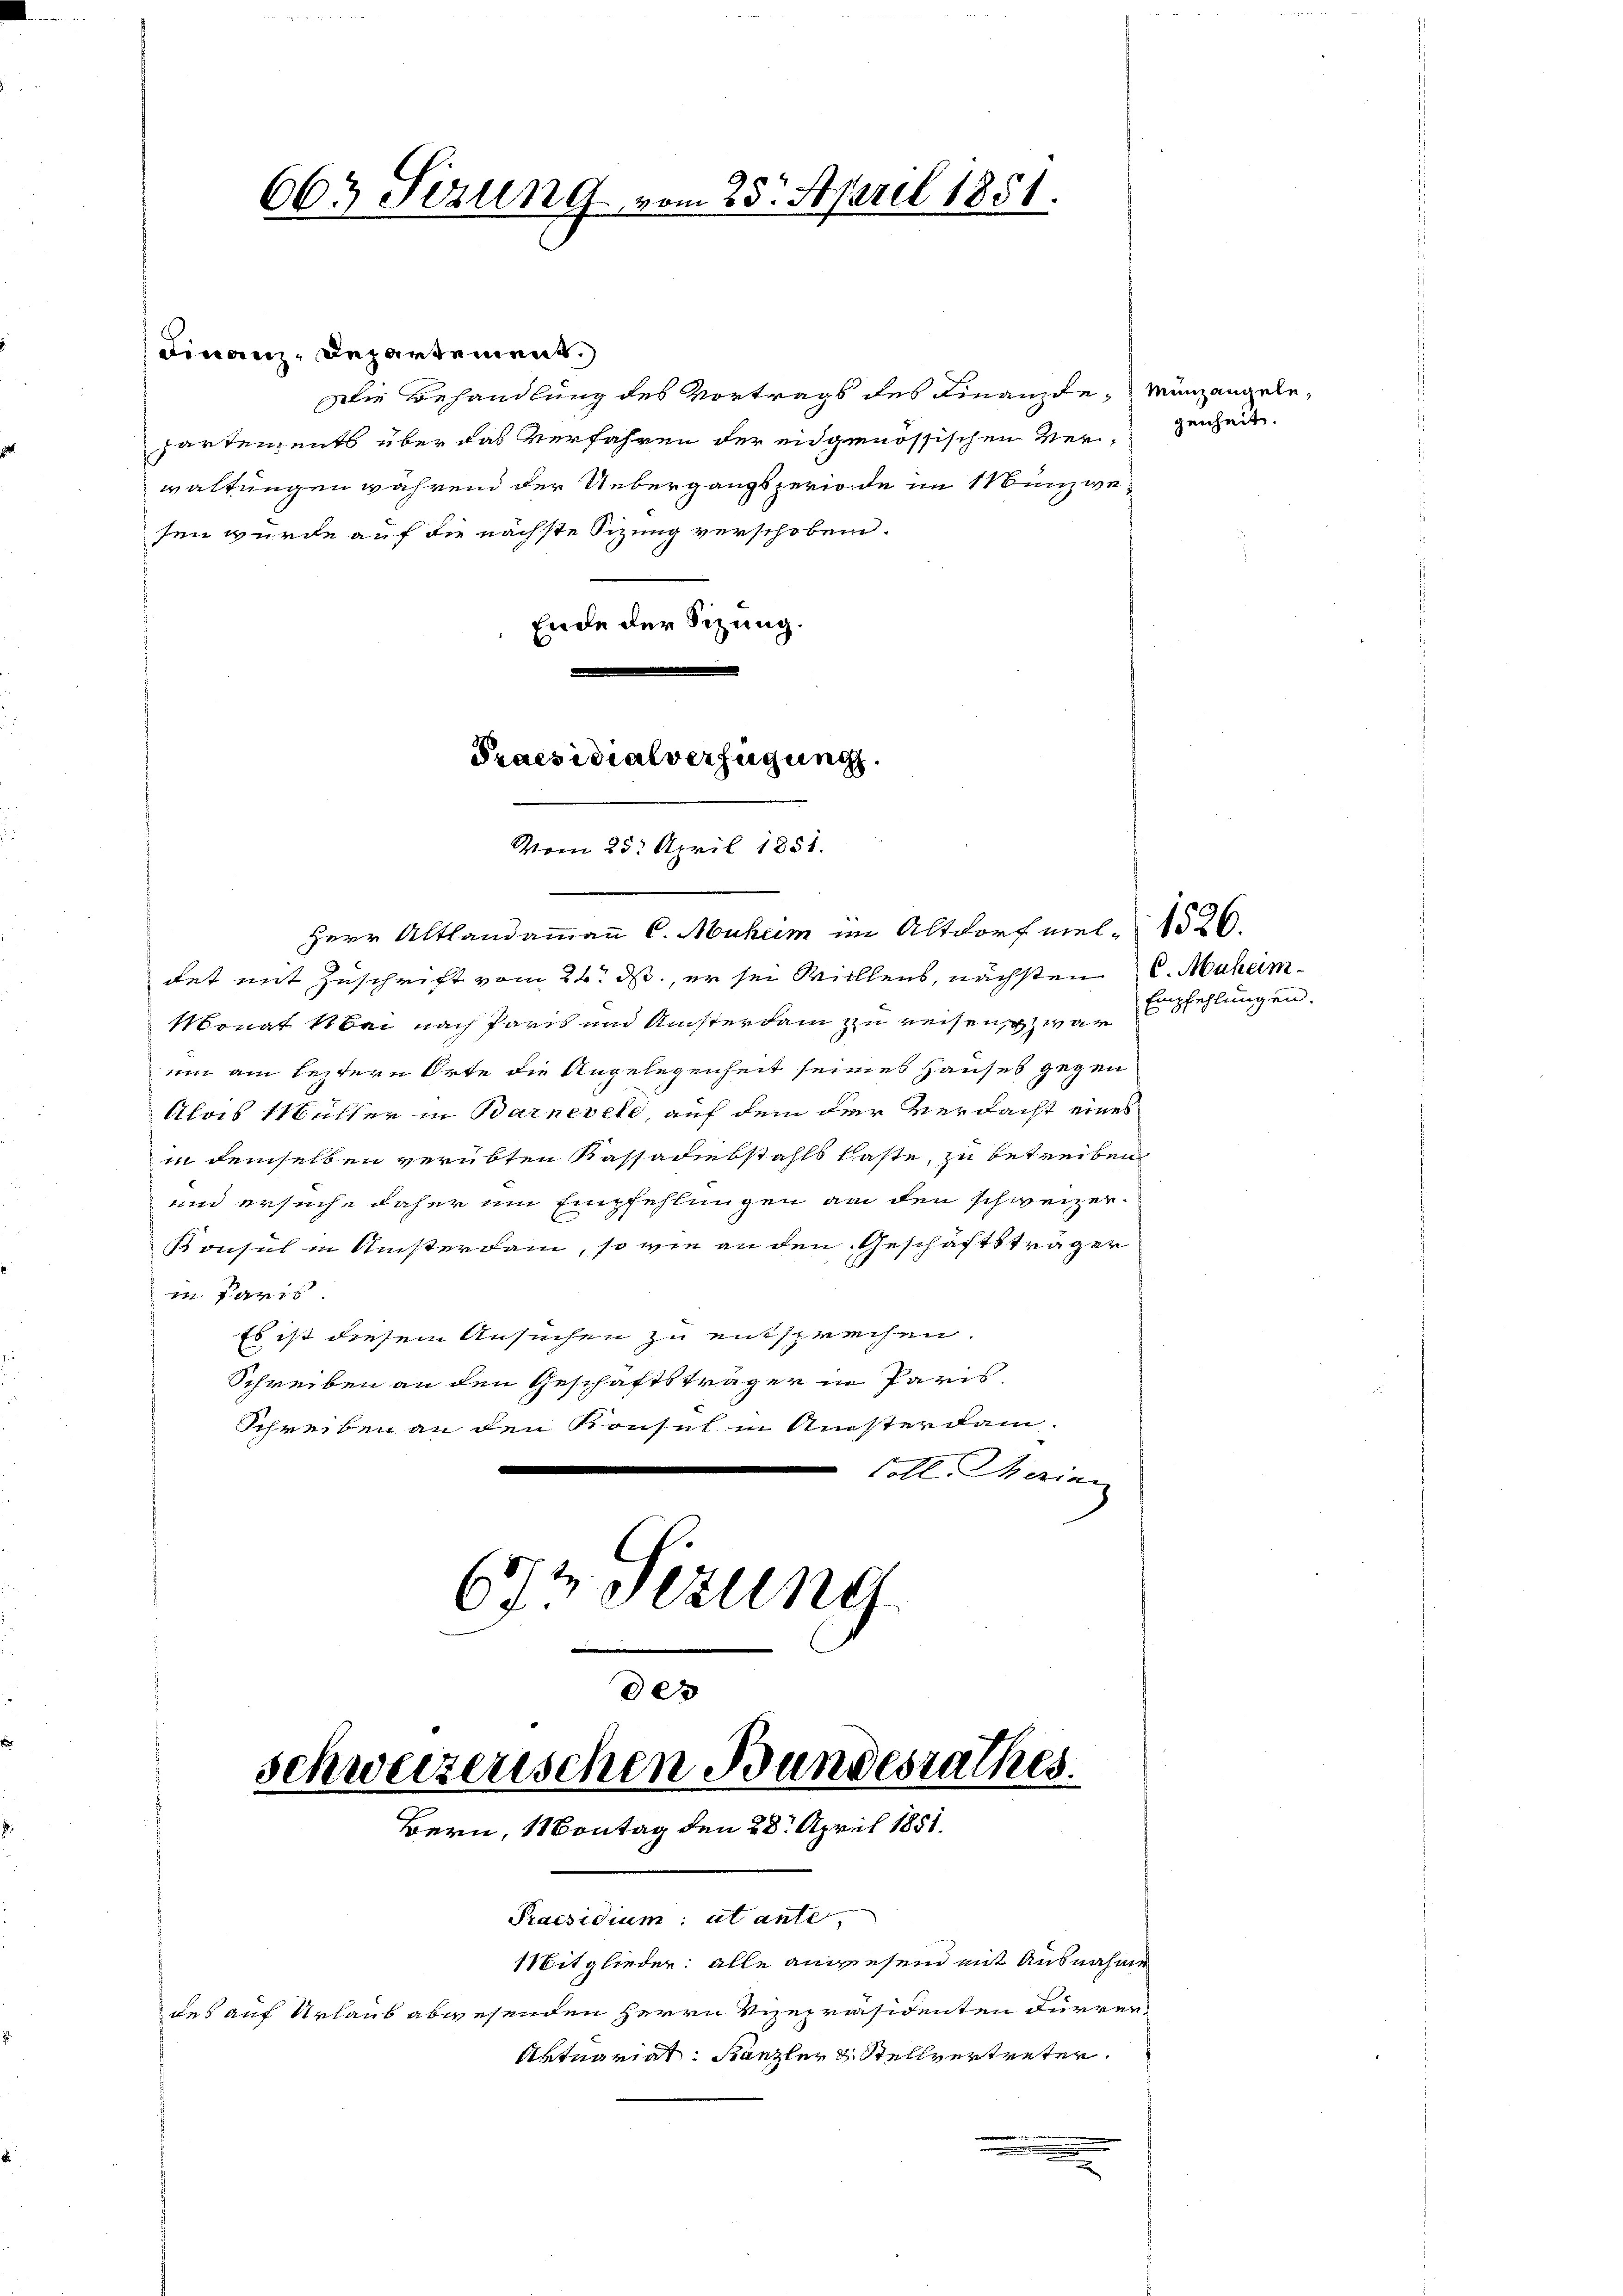
663 Sizung vom 23. April 1851.

Finanz, Departement.
Die Behandlung des Vortrags des Finanzde, Münzengelepartements über das Verfahren der eidgenössischen Verzeiheit.
waltungen während der Uebergangsperiode im Münzwe
sen wurde auf die nächste Sizung verschoben.
Ende der Sitzung.

de
schweizerischen Bundesrathes.

Praesidialverfügung
Vom 25. April 1851.

Herr Altlandammann C. Muhum im Altdorf viel-A526.
det mit Zuschrift vom 24. ds., er sei Willens, nächsten C. Muheim
Monat bei nach Paris und Ansterdam zu reisen war
um am leztern Orte die Angelegenheit seines Hauses gegen
Alois Müller in Barnevete, auf dem der Verdacht eines
in demselben verübten Kassadiebstahls Caste, zu betreiben
und ersuche daher um Empfehlungen an den schweizer-
Konsul in Ansterdam, so wie an den Geschäftsträger
in Paris
Es ist diesem Ansuchen zu entsprechen.
Schreiben an den Geschäftsträger in Paris,
Schreiben an den Konsul in Ansterdam.
coll Marien
672 sezung

Bern, Montag den 28. April 1851.
Praesidium ut ante,
Mitglieder: alle anwesend mit Ausnahme
des auf Urlaub abwesenden Herrn Vizepräsidenten durver¬
Aktuariat: Kanzler & Stellvertreten.

Empfehlungen.